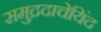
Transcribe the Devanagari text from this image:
समुद्रदाचेयिंद